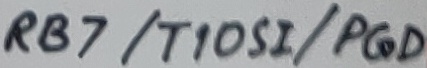
Text: RB7/T10SI/PGD